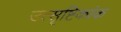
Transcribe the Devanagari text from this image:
उत्सृष्टिकांक